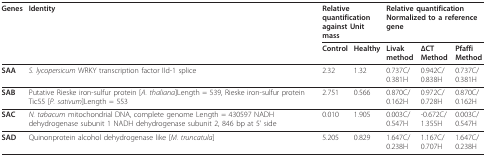
| Genes | Identity | <COLSPAN=2> Relative quantification against Unit mass | <COLSPAN=3> Relative quantification Normalized to a reference gene |
 |  |  | Control | Healthy | Livak method | ΔCT Method | Pfaffi Method |
 | --- | --- | --- | --- | --- | --- | --- |
 | SAA | S. lycopersicum WRKY transcription factor IId-1 splice | 2.32 | 1.32 | 0.737C/0.381H | 0.942C/0.838H | 0.737C/0.381H |
 | SAB | Putative Rieske iron-sulfur protein [A. thaliana]Length = 539, Rieske iron-sulfur protein Tic55 [P. sativum]Length = 553 | 2.751 | 0.566 | 0.870C/0.162H | 0.972C/0.728H | 0.870C/0.162H |
 | SAC | N. tabacum mitochondrial DNA, complete genome Length = 430597 NADH dehydrogenase subunit 1 NADH dehydrogenase subunit 2, 846 bp at 5' side | 0.010 | 1.905 | 0.003C/0.547H | -0.672C/1.355H | 0.003C/0.547H |
 | SAD | Quinonprotein alcohol dehydrogenase like [M. truncatula] | 5.205 | 0.829 | 1.647C/0.238H | 1.167C/0.707H | 1.647C/0.238H |